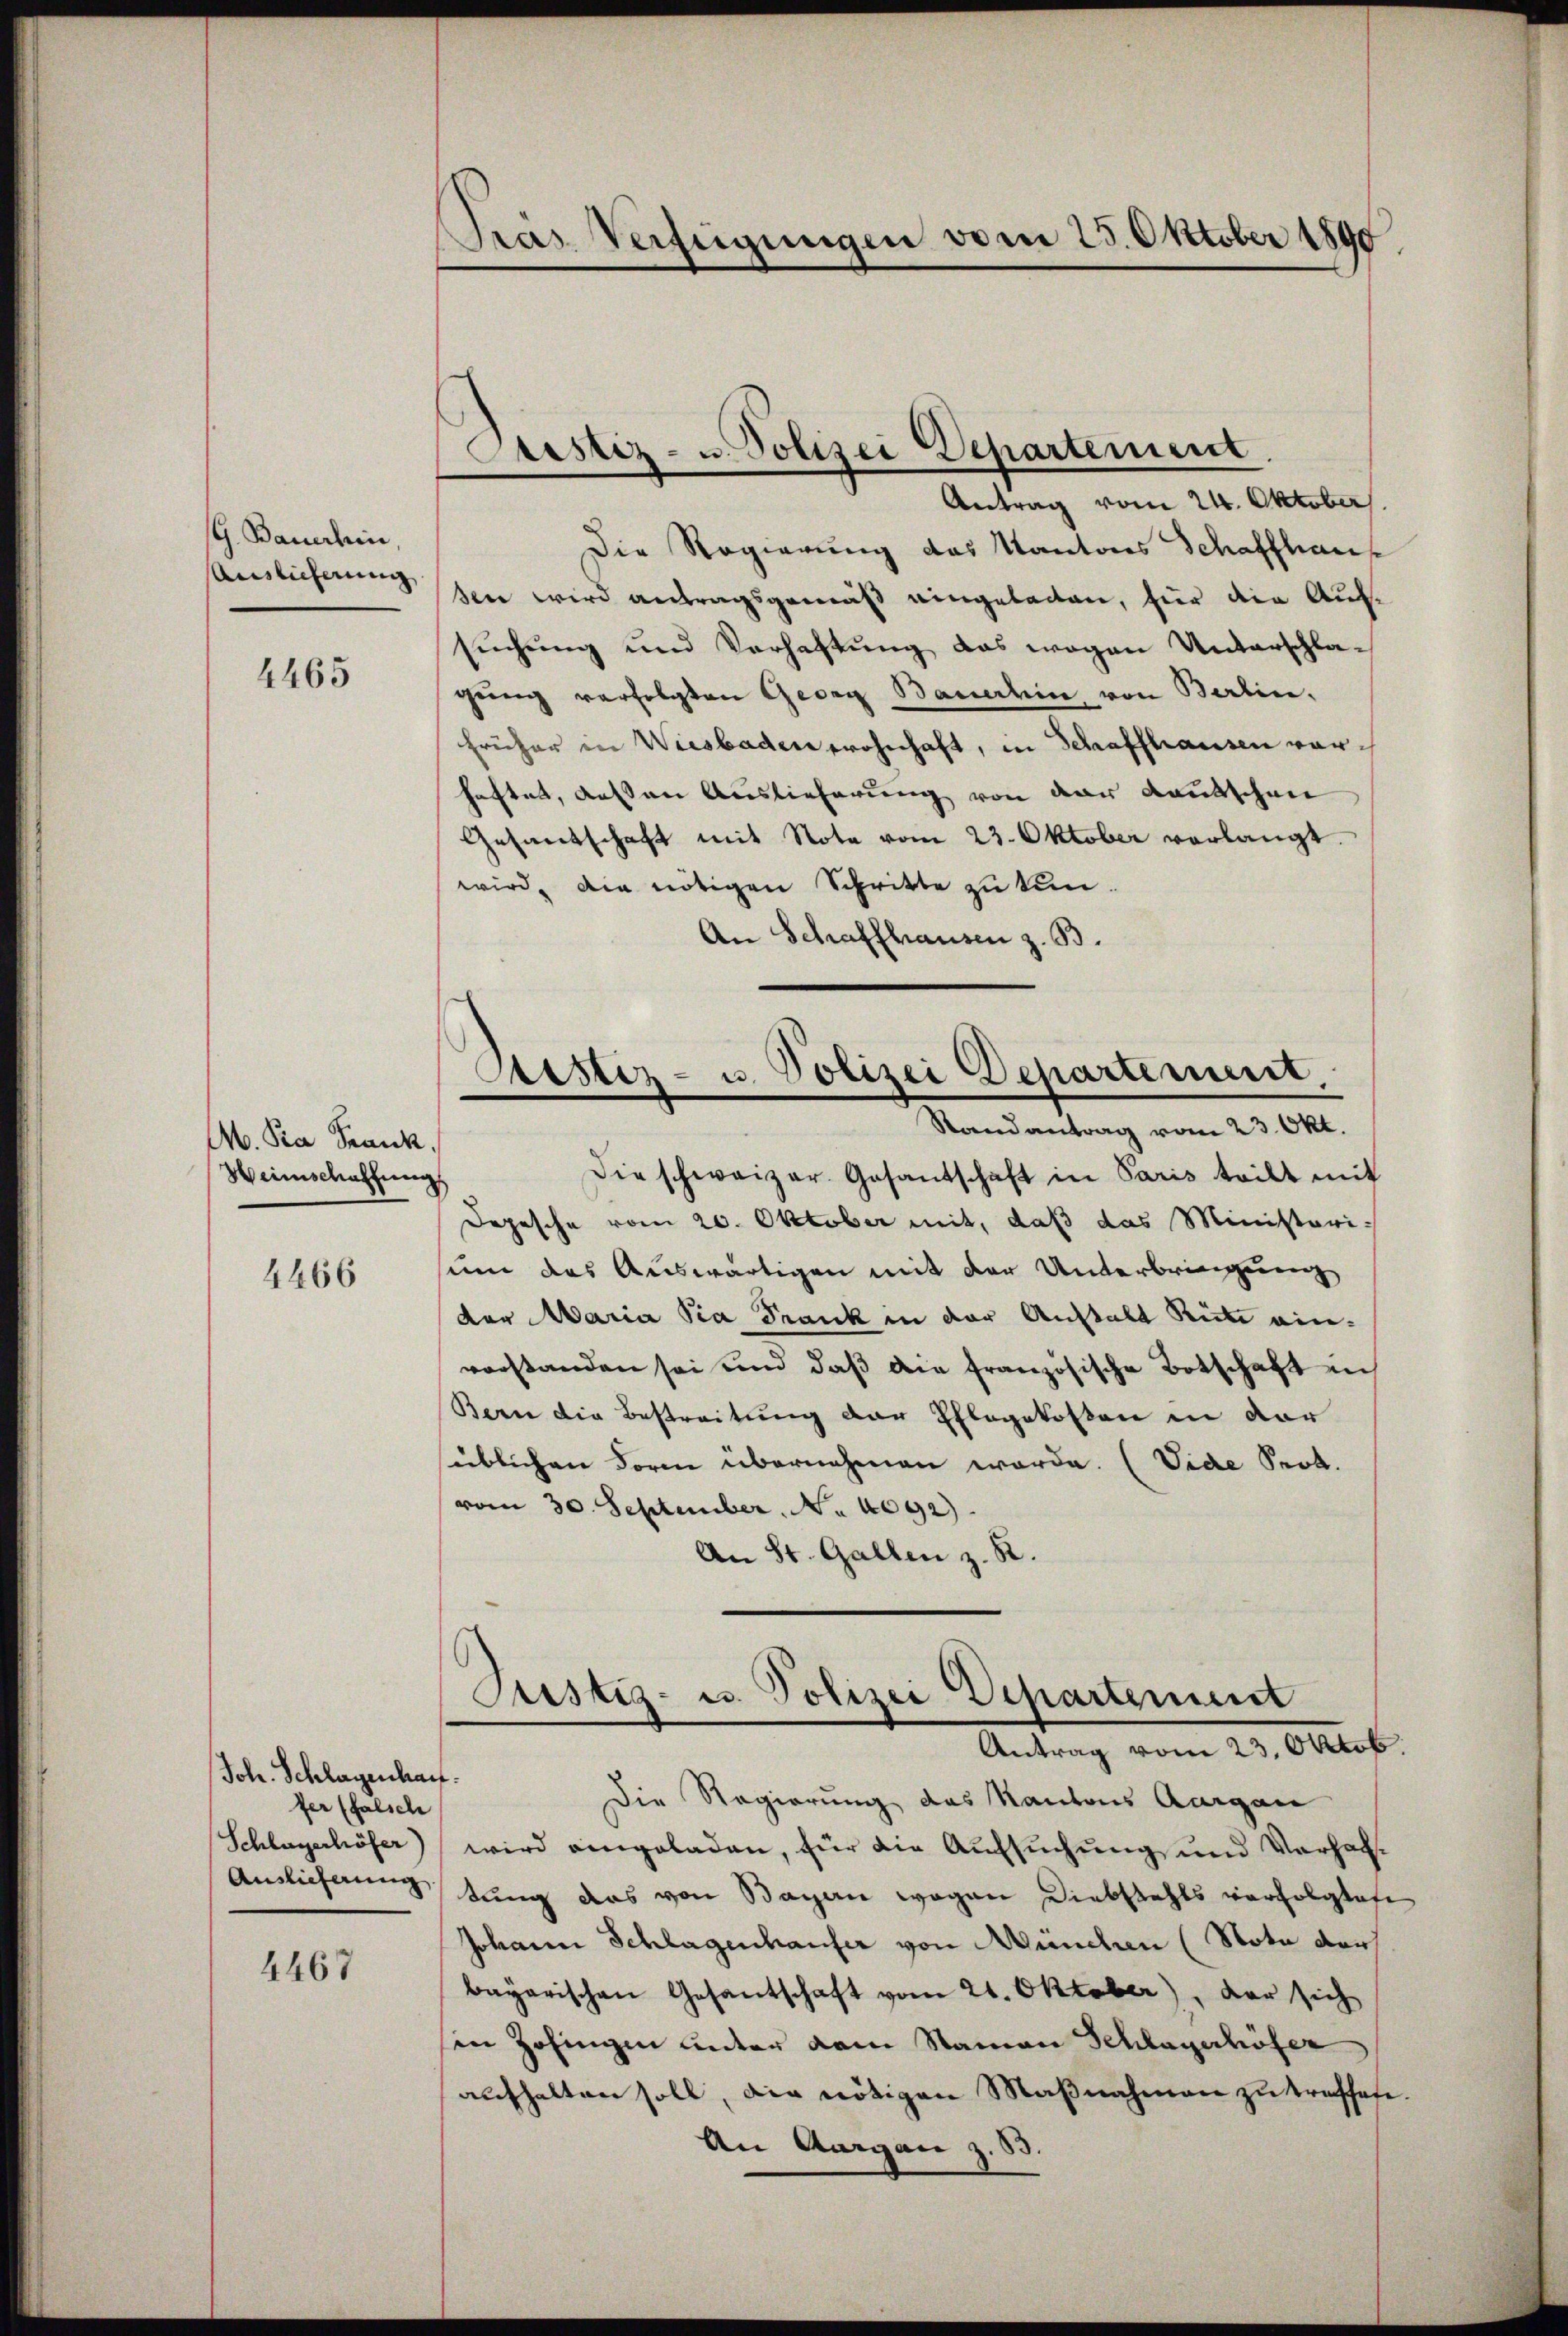
G. Bauerhin,
Auslieferung

4465

M. Pra Frank.
Weinschaffung

4466

Joh. Schlagenhauf.
fer (falsche
Schlagerhöfer)
Auslieferung

4467

Pras Verfügungen vom 25. Oktober 1890.

Stestiz- u. Polizei Departement.

Antrag vom 24. Oktober.
Die Regierung das Kantons Schaffhaus
sen wird antragsgemäß eingeleiten, hier die Aufsŭchŭng und Verhaltŭng das wegen Unterschla-
gŭng verfolgten Georg Bauerhin von Berlin,
früher in Wiesbaden wohnhaft, in Schaffhausen vorhaftet, dessen Auslieferung von der Kautschen
Gesandschaft mit Nota vom 23. Oktober verlangt.
wird, die nötigen Schritte zu tun.
An Schaffhausen z. B.
Die schweizer. Gesantschaft in Paris teilt mit
Depesche vom 20. Oktober mit, daß das Ministeri-
um das Auswärtigen mit der Unterbringung
der Maria Pia Frank in der Anstalt Ruhe einvorstanden sei und daβ die französische Botschaft in
Bern die Bestreitung der Ehlegekosten in dor
süblichen Form übernehmen werde. (Vide Prot.
vom 30. September. No 1092).
An St. Gallen z. B.
Justiz- u. Polizei Departement
Antrag vom 23. Oktob.
Die Regierung das Kantons Aargau
wird eingeladen, für die Aufsuchung und Verhaltung das von Bagan wegen Diebstahls verfolglose
Johann Schlagenhauser von Munchen (Nota der
bayarischen Gesantschaft vom 21. Oktober), der sich
sen Zofingen unter dem Namen Schlagerhöfer
aufhalten soll, die nötigen Maßnahmen zu treffete.
An Aargau z. 53.

Aristiz- u. Polizei Departement,
Randantrag vom 23. Okt.